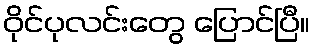
ဝိုင်ပုလင်းတွေ ပြောင်ပြီ။